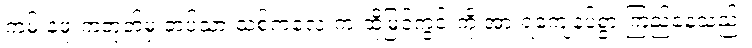
ကမ်းနဖူးကတုတ်မှ တပ်သားသစ်ကလေးက ထိုမြင်ကွင်းကို အားရကျေနပ်စွာ ကြည့်နေသည်။